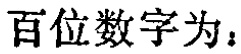
百位数字为：